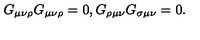
G _ { \mu \nu \rho } G _ { \mu \nu \rho } = 0 , G _ { \rho \mu \nu } G _ { \sigma \mu \nu } = 0 .